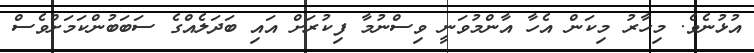
އުޅުނެވެ. މިހާރު މިކަން އެހާ އާންމުވަނީ ވިސްނުމާ ފިކުރަށް އައި ބަދަލެއްގެ ސަބަބުންކަމަށްވެސް